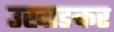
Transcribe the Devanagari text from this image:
उखाङकर